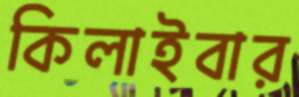
কিলাইবার